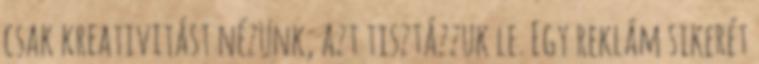
csak kreativitást nézünk, azt tisztázzuk le. Egy reklám sikerét